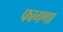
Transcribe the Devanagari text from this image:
फागणा